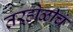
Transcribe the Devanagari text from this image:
तऱ्होळीचं